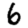
Digit: 6